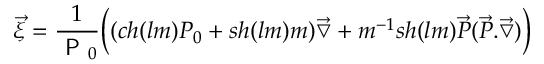
\overrightarrow { \xi } = \frac { 1 } { \textsf { P } _ { 0 } } \biggl ( ( c h ( l m ) P _ { 0 } + s h ( l m ) m ) \overrightarrow { \bigtriangledown } + m ^ { - 1 } s h ( l m ) \overrightarrow { P } ( \overrightarrow { P } . \overrightarrow { \bigtriangledown } ) \biggr )